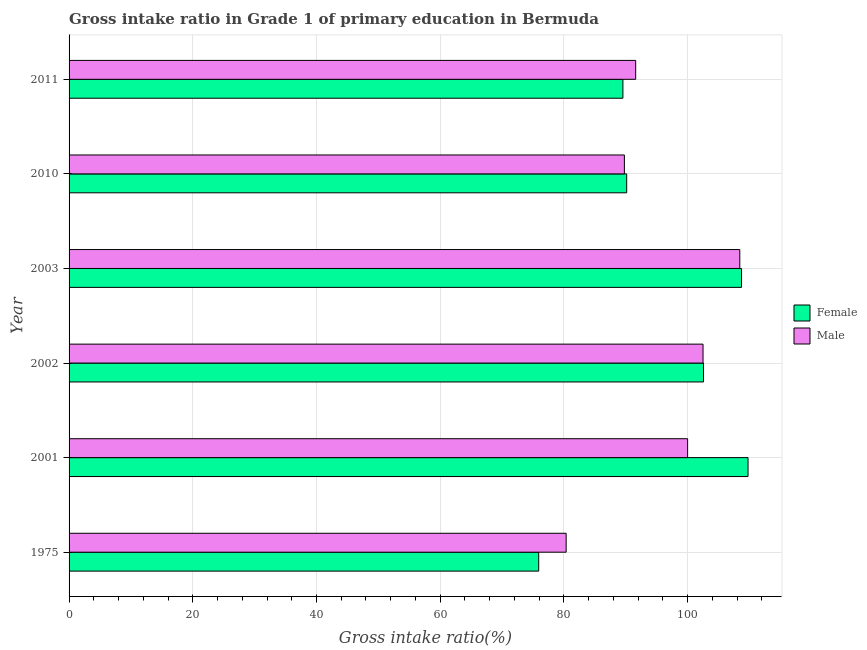
| Year | Female | Male |
 | --- | --- | --- |
 | 1975 | 75.9 | 80.4 |
 | 2001 | 110 | 100 |
 | 2002 | 103 | 102 |
 | 2003 | 109 | 108 |
 | 2010 | 90.2 | 89.8 |
 | 2011 | 89.5 | 91.6 |